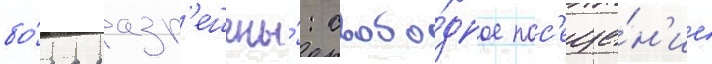
бо́ра разр'ешены́: свобо́дное пос'еще́н'ие